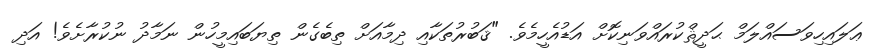
ޢަލައިހިވަސައްލަމް ޙަދީޘްކުރައްވަނިކޮށް އަޑުއެހީމެވެ. "ޤަބުރުތަކާއި ދިމާއަށް ތިބެގެން ތިޔަބައިމީހުން ނަމާދު ނުކުރާށެވެ! އަދި